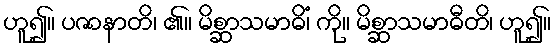
ဟူ၍။ ပဇာနာတိ၊ ၏။ မိစ္ဆာသမာဓိံ၊ ကို။ မိစ္ဆာသမာဓီတိ၊ ဟူ၍။